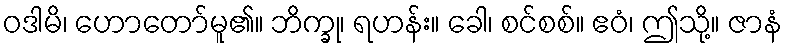
ဝဒါမိ၊ ဟောတော်မူ၏။ ဘိက္ခု၊ ရဟန်း။ ခေါ၊ စင်စစ်။ ဧဝံ၊ ဤသို့။ ဇာနံ